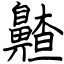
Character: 齄